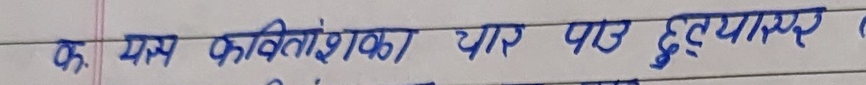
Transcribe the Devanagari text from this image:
क. यस्य कवितांशका यार पास हुएंगास्यर